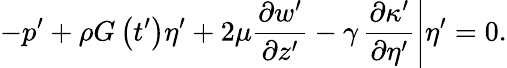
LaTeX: -p^{\prime}+\rho G\left(t^{\prime}\right)\eta^{\prime}+2\mu\frac{\partial w^{\prime}}{\partial z^{\prime}}-\gamma\left.\frac{\partial\kappa^{\prime}}{\partial\eta^{\prime}}\right|\eta^{\prime}=0.